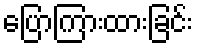
ပြောကြားထားခြင်း